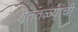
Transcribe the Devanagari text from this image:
शेततळ्यांची